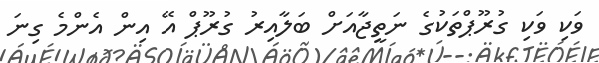
ވަކި ވަކި ގުރޫޕްތަކުގެ ނަތީޖާއަށް ބަލާއިރު ގުރޫޕް އޭ އިން އެންމެ ގިނަ